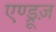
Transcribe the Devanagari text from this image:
एण्ड्रूज़